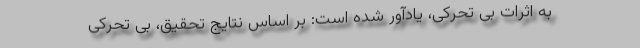
به اثرات بی تحرکی، یادآور شده است: بر اساس نتایج تحقیق، بی تحرکی